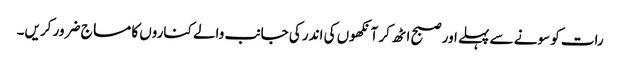
رات کو سونے سے پہلے اور صبح اٹھ کر آنکھوں کی اندر کی جانب والے کناروں کا مساج ضرور کریں۔